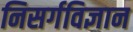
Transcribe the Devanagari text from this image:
निसर्गविज्ञान